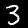
Label: 3